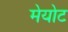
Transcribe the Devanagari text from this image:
मेयोट